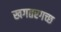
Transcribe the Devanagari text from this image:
खगतरगच्छ